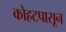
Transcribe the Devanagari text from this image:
कोहटपासून